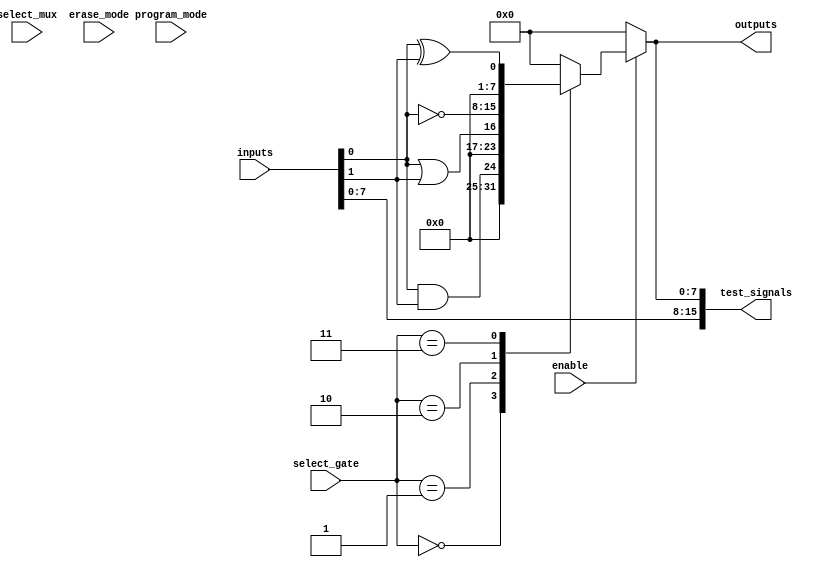
module CLB (
    input wire [15:0] inputs,              // 16 inputs (adjustable as needed)
    input wire [3:0] select_gate,          // Select which logic gate to use
    input wire [1:0] select_mux,           // Select multiplexer input
    input wire enable,                      // Enable signal for the CLB
    input wire program_mode,                // Programming mode signal
    input wire erase_mode,                  // Erase mode signal
    output wire [7:0] outputs,              // 8 outputs (adjustable as needed)
    output wire [15:0] test_signals         // Test access points
);

    // Internal signals
    wire [15:0] and_out, or_out, not_out, xor_out;
    wire [15:0] mux_out;
    reg [15:0] programmed_interconnect;     // Used to simulate fuse/antifuse configuration

    // Basic logic gate implementations
    assign and_out = inputs[0] & inputs[1];       // Example AND operation
    assign or_out = inputs[0] | inputs[1];        // Example OR operation
    assign not_out = ~inputs[0];                   // Example NOT operation
    assign xor_out = inputs[0] ^ inputs[1];       // Example XOR operation

    // Mux for selecting the output of different gates
    always @(*) begin
        case(select_gate)
            4'b0000: mux_out = and_out;      // AND gate output
            4'b0001: mux_out = or_out;       // OR gate output
            4'b0010: mux_out = not_out;      // NOT gate output
            4'b0011: mux_out = xor_out;      // XOR gate output
            default: mux_out = 16'b0;         // Default case
        endcase
    end

    // Output assignment based on mux selection
    assign outputs = enable ? mux_out[7:0] : 8'b0; // Only output if enabled

    // Test access points (could be routed to specific signals)
    assign test_signals = {inputs, outputs}; 

    // Programming logic (simulating fuse/antifuse behavior)
    always @(posedge program_mode or posedge erase_mode) begin
        if (erase_mode) begin
            programmed_interconnect <= 16'b0; // Erase configuration
        end else if (program_mode) begin
            programmed_interconnect <= inputs; // Program new configuration
        end
    end

    // Feedback loops are enabled through programmed_interconnect if needed
    // Implement feedback logic if necessary
    
endmodule